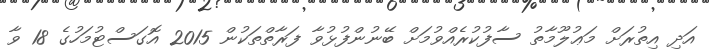
އަދި އިތުރަށް މަޢުލޫމާތު ސާފުކުރެއްވުމަށް ބޭނުންފުޅުވާ ފަރާތްތަކުން 2015 އޮގަސްޓުމަހުގެ 18 ވާ